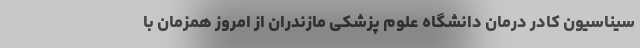
سیناسیون کادر درمان دانشگاه علوم پزشکی مازندران از امروز همزمان با